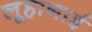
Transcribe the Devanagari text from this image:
लूहानाई